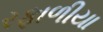
રફાળીયા